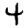
Digit: 4